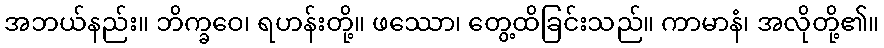
အဘယ်နည်း။ ဘိက္ခဝေ၊ ရဟန်းတို့။ ဖဿော၊ တွေ့ထိခြင်းသည်။ ကာမာနံ၊ အလိုတို့၏။